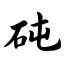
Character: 砘